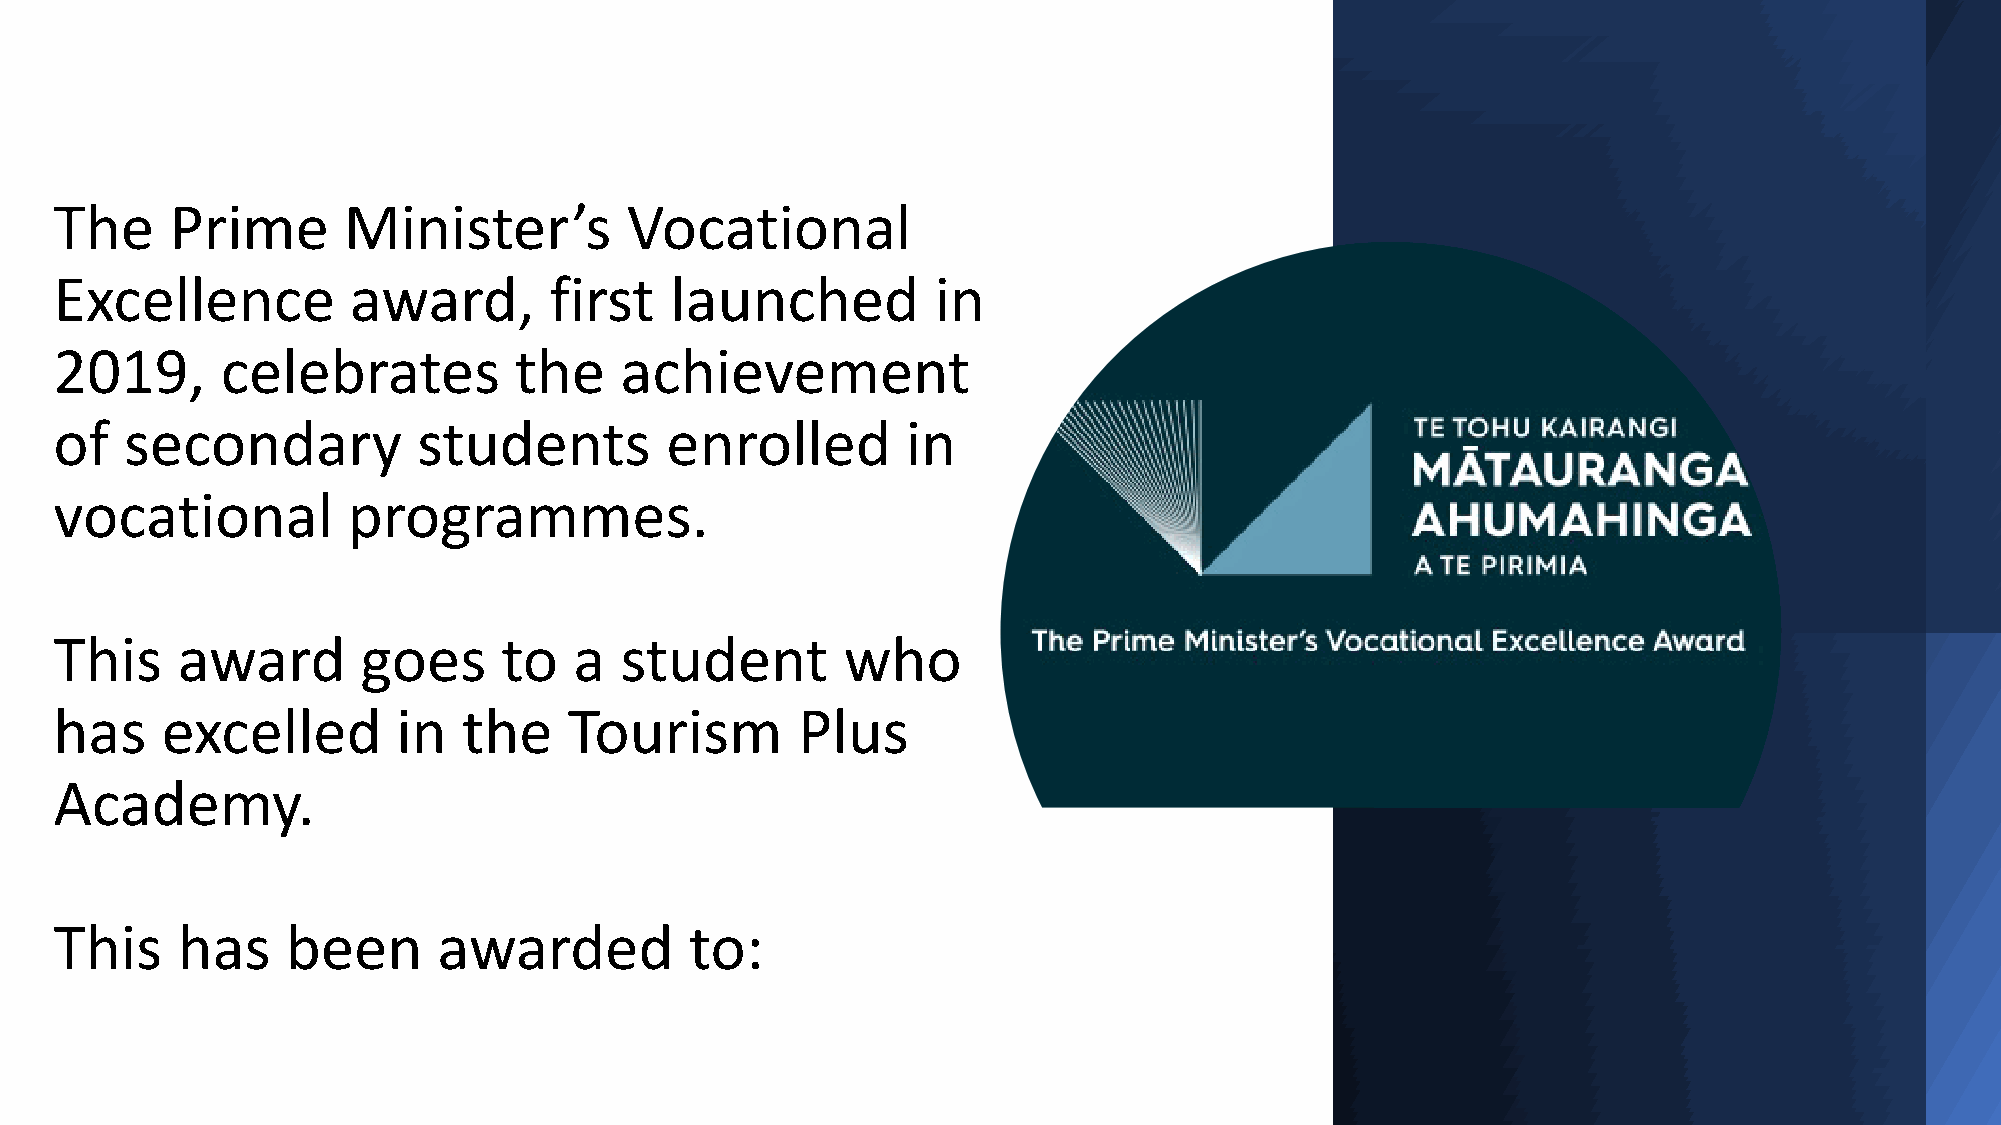
The    Prime       Minister’s        Vocational
 Excellence         award,       first   launched          in
 2019,      celebrates         the    achievement
 of  secondary           students        enrolled        in
 vocational         programmes.
 This    award       goes     to   a  student        who
 has    excelled       in   the    Tourism        Plus
 Academy.
 This    has    been      awarded          to: